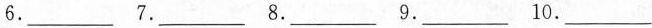
6.___ 7.___ 8.___ 9.___ 10.___